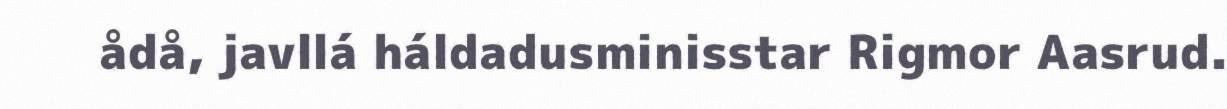
ådå, javllá háldadusminisstar Rigmor Aasrud.